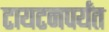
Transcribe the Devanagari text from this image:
टायटनपर्यंत